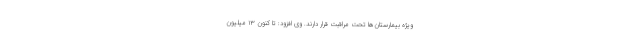
ویژه بیمارستان‌ها تحت مراقبت قرار دارند. وی افزود: تا کنون ۱۳ میلیون